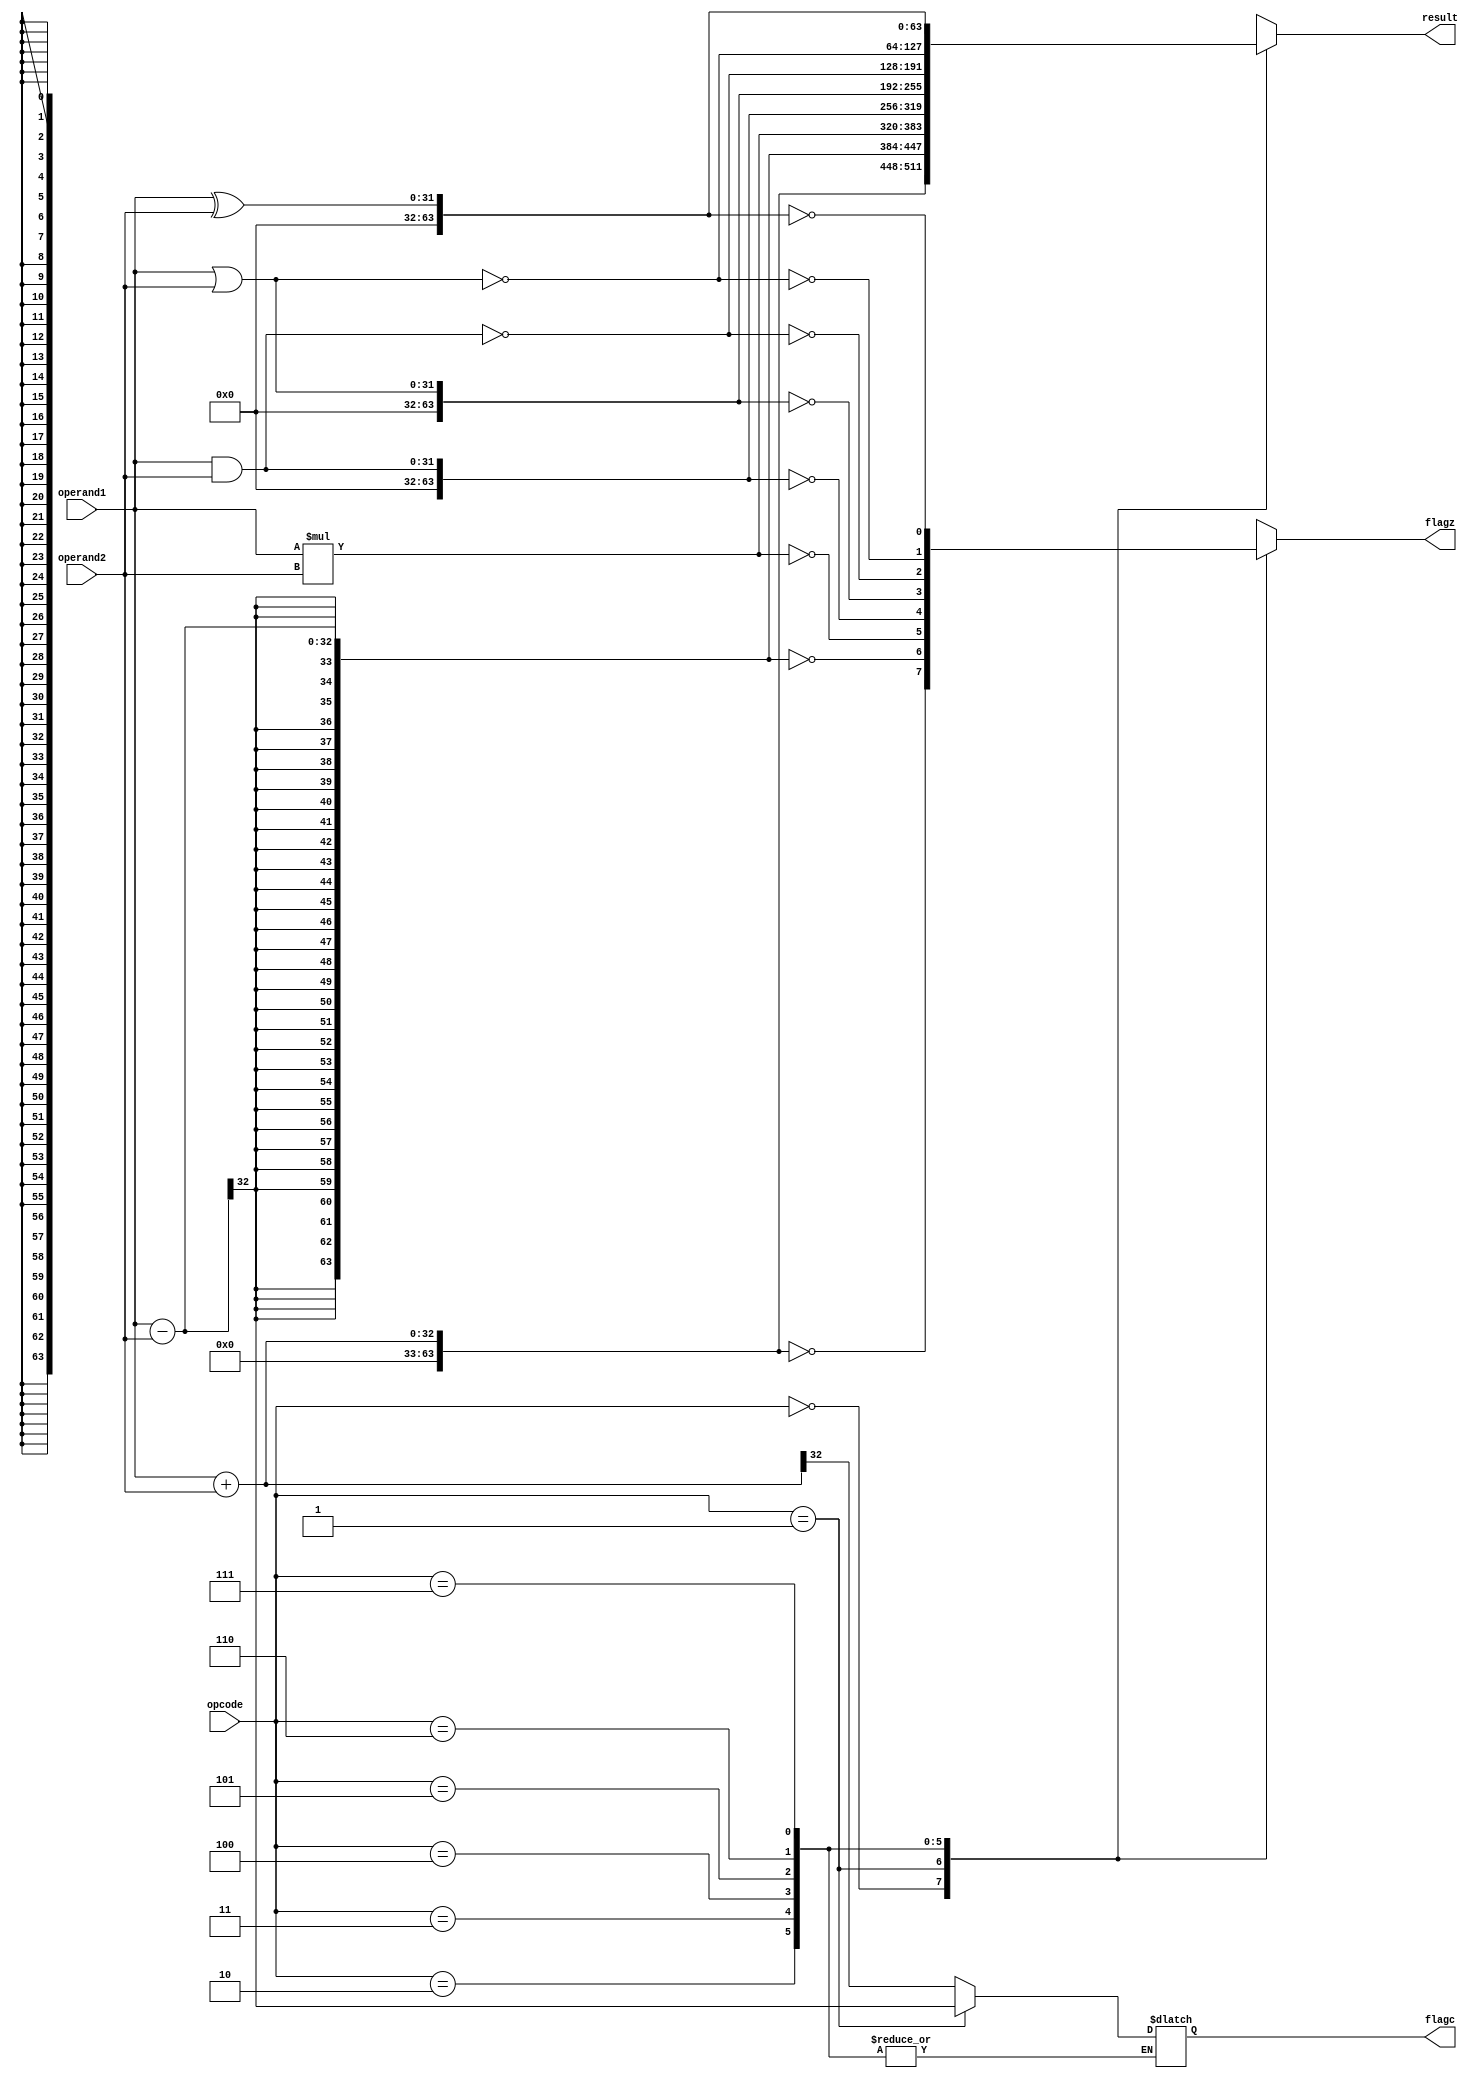
`timescale 1ns / 1ps
//////////////////////////////////////////////////////////////////////////////////
// Company: 
// Design Name: 
// Module Name: ALU
// Project Name: 
// Target Devices: 
// Tool Versions: 
// Description: 
// 
// Dependencies: 
// 
// Revision:
// Revision 0.01 - File Created
// Additional Comments:
// 
//////////////////////////////////////////////////////////////////////////////////

module ALU
(opcode,operand1,operand2,result,flagc,flagz);

input [2:0]opcode;
input [31:0]operand1;
input [31:0]operand2;
output reg [63:0]result=64'b0;
output reg flagc=1'b0,flagz=1'b0;

parameter [2:0] ADD=3'b000,
SUB=3'b001,
MUL=3'b010,
AND=3'b011,
OR=3'b100,
NAND=3'b101,
NOR=3'b110,
XOR=3'b111;

always @(opcode or operand1 or operand2)
begin

case(opcode)

ADD:begin
result =operand1+operand2;
flagc=result[32];
flagz=(result==16'b0);
end

SUB:begin
result =operand1-operand2;
flagc=result[32];
flagz=(result==16'b0);
end


MUL:begin
result =operand1*operand2;
flagz=(result==16'b0);
end
    
      
AND:begin
result =operand1&operand2;
flagz=(result==16'b0);
end

OR:begin
result =operand1|operand2;
flagz=(result==16'b0);
end


NAND:begin
result =~(operand1&operand2);
flagz=(result==16'b0);
end


NOR:begin
result =~(operand1|operand2);
flagz=(result==16'b0);
end


XOR:begin
result =operand1^operand2;
flagz=(result==16'b0);
end

default:begin
result=64'b0;
flagc=1'b0;
flagz=1'b0;
end
endcase
end

    
endmodule